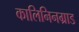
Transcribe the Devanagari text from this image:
कालिनिनग्राड